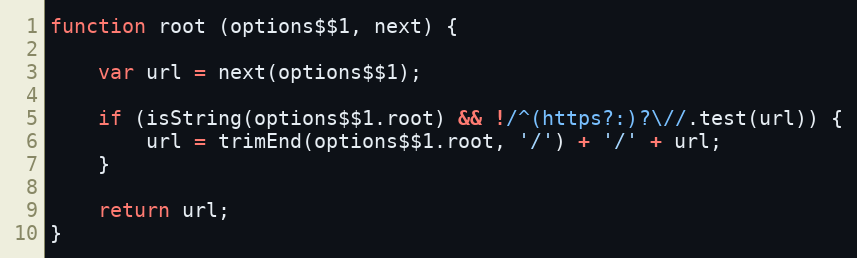
Language: JavaScript
function root (options$$1, next) {

    var url = next(options$$1);

    if (isString(options$$1.root) && !/^(https?:)?\//.test(url)) {
        url = trimEnd(options$$1.root, '/') + '/' + url;
    }

    return url;
}